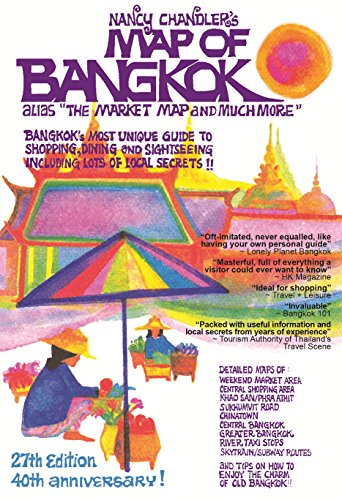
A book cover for Nancy Chandler's Map of Bangkok, 27th Edition; Nima Chandler; Travel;